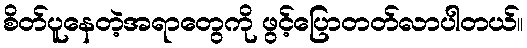
စိတ်ပူနေတဲ့အရာတွေကို ဖွင့်ပြောတတ်လာပါတယ်။